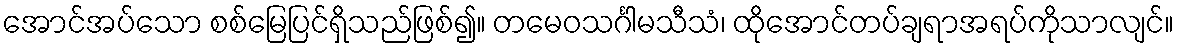
အောင်အပ်သော စစ်မြေပြင်ရှိသည်ဖြစ်၍။ တမေဝသင်္ဂါမသီသံ၊ ထိုအောင်တပ်ချရာအရပ်ကိုသာလျင်။